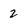
Character: 2